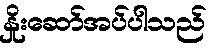
နှိုးဆော်အပ်ပါသည်